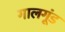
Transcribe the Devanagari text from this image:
गालगूंड